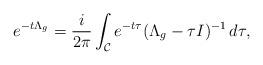
LaTeX: \begin{align*} e^{-t\Lambda_g} = \frac{i}{2\pi}\int_{\mathcal{C}} e^{-t\tau}(\Lambda_g-\tau I)^{-1} \,d\tau,\end{align*}